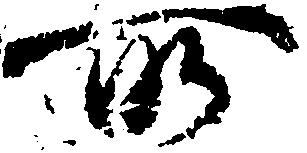
所